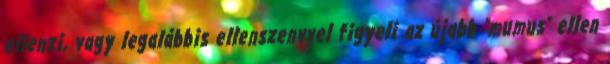
ellenzi, vagy legalábbis ellenszenvvel figyeli az újabb "mumus" ellen